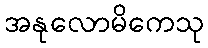
အနုလောမိကေသု